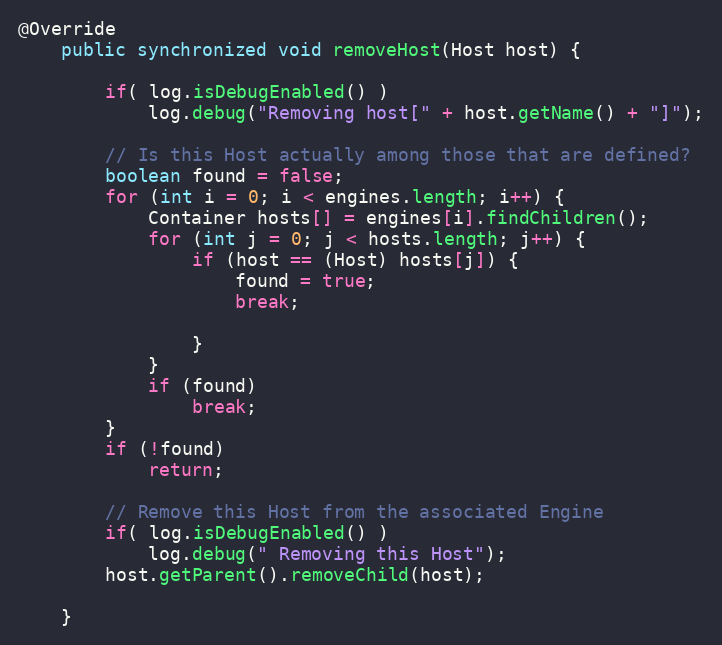
Language: Java
@Override
	public synchronized void removeHost(Host host) {

        if( log.isDebugEnabled() )
            log.debug("Removing host[" + host.getName() + "]");

        // Is this Host actually among those that are defined?
        boolean found = false;
        for (int i = 0; i < engines.length; i++) {
            Container hosts[] = engines[i].findChildren();
            for (int j = 0; j < hosts.length; j++) {
                if (host == (Host) hosts[j]) {
                    found = true;
                    break;

                }
            }
            if (found)
                break;
        }
        if (!found)
            return;

        // Remove this Host from the associated Engine
        if( log.isDebugEnabled() )
            log.debug(" Removing this Host");
        host.getParent().removeChild(host);

    }